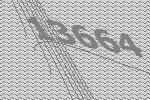
13664